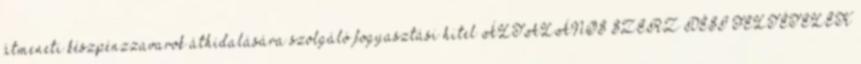
átmeneti készpénzzavarok áthidalására szolgáló fogyasztási hitel ÁLTALÁNOS SZERZİDÉSI FELTÉTELEK